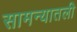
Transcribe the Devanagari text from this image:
सामन्यातली